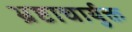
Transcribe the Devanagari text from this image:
भ्रष्टाचार्युक्त